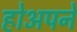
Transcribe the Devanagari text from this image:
होअपने